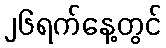
၂၆ရက်နေ့တွင်